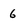
Character: 6